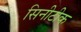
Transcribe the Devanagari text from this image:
सिनीटीक